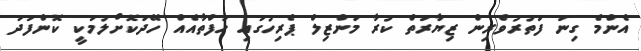
އެންމެ ގިނަ ފަތުރުވެރިން ޒިޔާރަތް ކުރާ މަންޒިލް ޕެރިހުގައި ހަފްތާއެއް ހޭދަކޮށްލުމަކީ ކޮންފަދަ